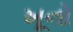
ખૂનો